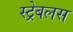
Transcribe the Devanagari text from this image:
स्ट्रेबलस